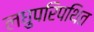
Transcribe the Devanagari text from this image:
लघुपरिपथित